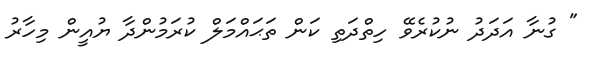
" ގުނާ އަދަދު ނުކުރެވޭ ހިތްދަތި ކަން ތަޙައްމަލް ކުރަމުންދާ ޔުއީން މިހާރު